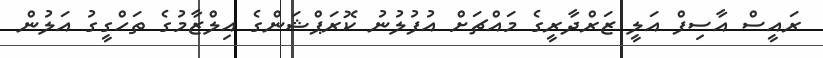
ރައީސް އާސިފް އަލީ ޒަރްދާރީގެ މައްޗަށް އުފުލުނު ކޮރަޕްޝަންގެ އިލްޒާމުގެ ތަހްގީގު އަލުން